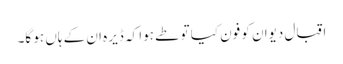
اقبال دیوان کو فون کیا تو طے ہوا کہ ڈیرہ ان کے ہاں ہو گا۔